Annual report on the Civil Veterinary Department, Burma (including the Insein Veterinary School) - 1923-1931
Year: 1923
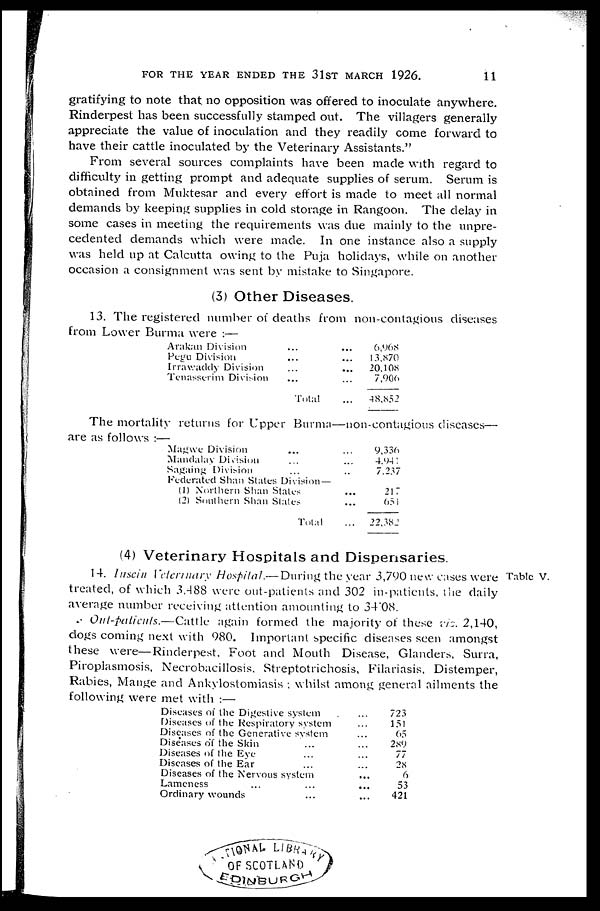
FOR THE YEAR ENDED THE 31ST MARCH 1926.
11
gratifying to note that no opposition was offered to inoculate anywhere.
Rinderpest has been successfully stamped out. The villagers generally
appreciate the value of inoculation and they readily come forward to
have their cattle inoculated by the Veterinary Assistants."
From several sources complaints have been made with regard to
difficulty in getting prompt and adequate supplies of serum. Serum is
obtained from Muktesar and every effort is made to meet all normal
demands by keeping supplies in cold storage in Rangoon. The delay in
some cases in meeting the requirements was due mainly to the unpre-
cedented demands which were made. In one instance also a supply
was held up at Calcutta owing to the Puja holidays, while on another
occasion a consignment was sent by mistake to Singapore.
(3) Other Diseases.
13. The registered number of deaths from non-contagious diseases
from Lower Burma were :—
Araknn Division
Pegu Division
Irrawaddy Division
Tenasserim Division
...
...
...
...
Total
...
...
...
...
...
6,968
13,870
20,108
7,906
48,852
The mortality returns for Upper Burma—non-contagious diseases—
are as follows :—
Magwe Division ...
Mandalay Division ...
Sagaing Division ...
Federated Shan Slates Division—
(1) Northern Shan States
(2) Southern Shan Slates
Total
...
...
..
...
...
...
9,336
4,941
7,237
217
651
22,382
(4) Veterinary Hospitals and Dispensaries.
Table V.
14. Insein Veterinary Hospital.—During the year 3,790 new cases were
treated, of which 3,488 were out-patients and 302 in-patients, the daily
average number receiving attention amounting to 3408.
Out-patients.—Cattle again formed the majority of these viz. 2,140,
dogs coming next with 980. Important specific diseases seen amongst
these were—Rinderpest, Foot and Mouth Disease, Glanders, Surra,
Piroplasmosis, Necrobacillosis, Streptotrichosis, Filariasis, Distemper,
Rabies, Mange and Ankylostomiasis ; whilst among general ailments the
following were met with :—
Diseases of the Digestive system
Diseases of the Respiratory system
Diseases of the Generative system
Diseases of the Skin ...
Diseases of the Eye ...
Diseases of the Ear ...
Diseases of the Nervous system
Lameness ... ...
Ordinary wounds ...
...
...
...
...
...
...
...
...
...
723
151
65
289
77
28
6
53
421